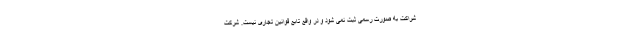
شراکت به صورت رسمی ثبت نمی شود و در واقع تابع قوانین تجاری نیست. شرکت